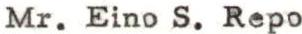
Mr. Eino S. Repo